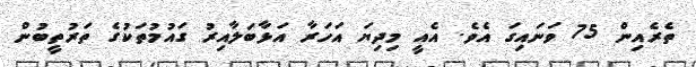
ތެރެއިން 75 ވަނައިގަ އެވެ. އެއީ މިދިޔަ އަހަރާ އަޅާބަލާއިރު ގައުމުތަކުގެ ތަރުތީބުން